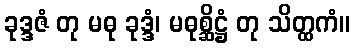
ခုဒ္ဒဇံ တု မဓု ခုဒ္ဒံ၊ မဓုစ္ဆိဋ္ဌံ တု သိတ္ထကံ။